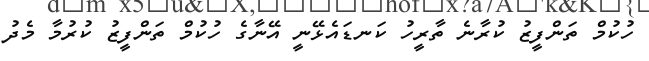
ހުކުމް ތަންފީޒު ކުރާނެ ތާރީހު ކަނޑައެޅޭނީ އޭނާގެ ހުކުމް ތަންފީޒު ކުރުމާ މެދު